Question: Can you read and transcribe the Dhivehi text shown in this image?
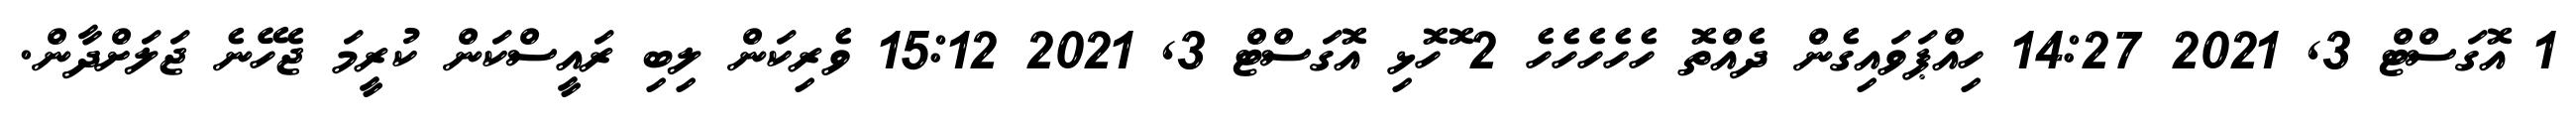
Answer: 1 އޮގަސްޓް 3, 2021 14:27 ހިއްޕަވައިގެން ދެއްތޮ ހެހެހެހެހެ 2 ޮހޮޅި އޮގަސްޓް 3, 2021 15:12 ވެރިކަން ލިބި ރައީސްކަން ކުރީމަ ޖެހޭނެ ޖަލަށްދާން.